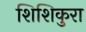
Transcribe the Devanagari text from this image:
शिशिकुरा